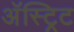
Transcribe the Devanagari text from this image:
अॅस्ट्रिट